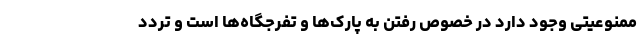
ممنوعیتی وجود دارد در خصوص رفتن به پارک‌ها و تفرجگاه‌ها است و تردد